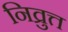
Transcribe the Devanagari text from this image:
निव्रुत्त